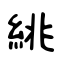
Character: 絩